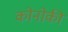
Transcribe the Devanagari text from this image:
कोनोकी